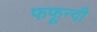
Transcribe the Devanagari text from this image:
फफून्दी